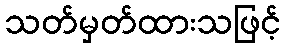
သတ်မှတ်ထားသဖြင့်